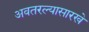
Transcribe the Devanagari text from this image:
अवतरल्यासारखे